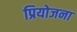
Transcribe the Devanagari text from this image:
प्रियोजना